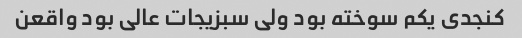
کنجدی یکم سوخته بود ولی سبزیجات عالی بود واقعن